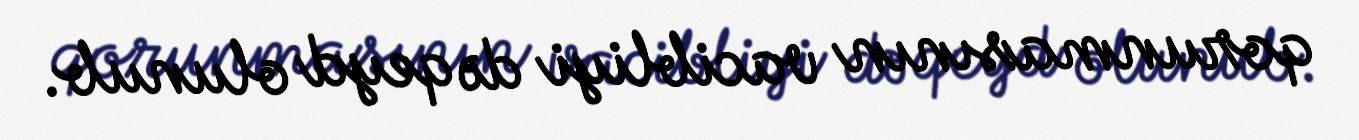
qorunmasının vacibliyi də qeyd olunub.